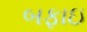
બફાઇ